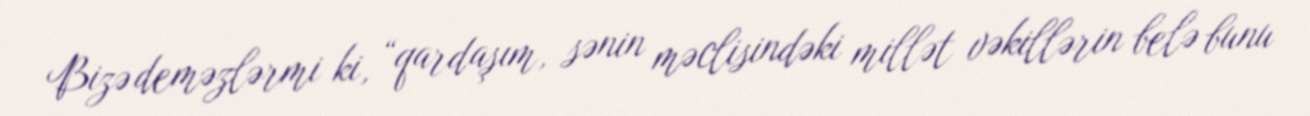
Bizə deməzlərmi ki, “qardaşım, sənin məclisindəki millət vəkillərin belə bunu